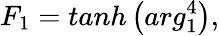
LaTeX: F_{1}=tanh\left(arg_{1}^{4}\right),